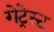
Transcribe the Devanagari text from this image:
गेट्रेस्ट